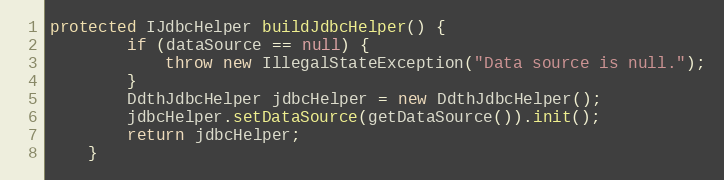
Language: Java
protected IJdbcHelper buildJdbcHelper() {
        if (dataSource == null) {
            throw new IllegalStateException("Data source is null.");
        }
        DdthJdbcHelper jdbcHelper = new DdthJdbcHelper();
        jdbcHelper.setDataSource(getDataSource()).init();
        return jdbcHelper;
    }